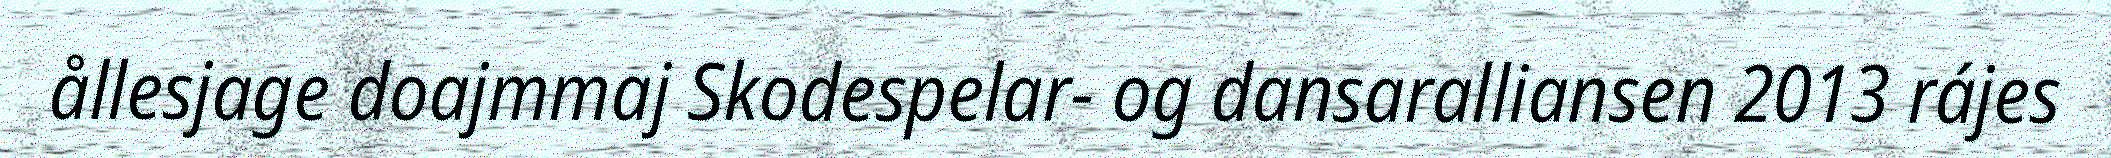
ållesjage doajmmaj Skodespelar- og dansaralliansen 2013 rájes